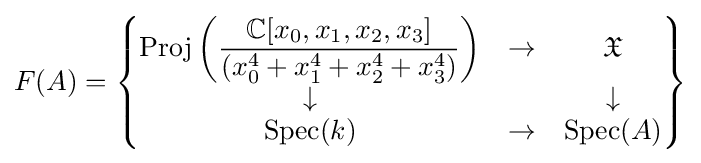
F(A)=\left\{{\begin{matrix}\operatorname {Proj} \left({\dfrac {\mathbb {C} [x_{0},x_{1},x_{2},x_{3}]}{(x_{0}^{4}+x_{1}^{4}+x_{2}^{4}+x_{3}^{4})}}\right)&\to &{\mathfrak {X}}\\\downarrow &&\downarrow \\\operatorname {Spec} (k)&\to &\operatorname {Spec} (A)\end{matrix}}\right\}